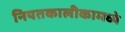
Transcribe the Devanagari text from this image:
नियतकालीकामध्ये